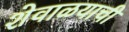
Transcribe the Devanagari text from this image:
शेवाळयाची